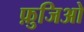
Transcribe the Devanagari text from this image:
फ़ुजिओ